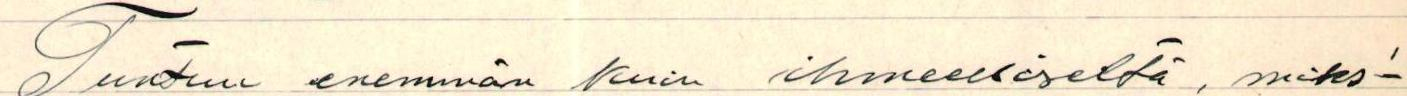
Tuntuu enemmän kuin ihmeelliseltä, miks-'